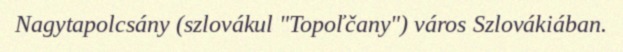
Nagytapolcsány (szlovákul "Topoľčany") város Szlovákiában.